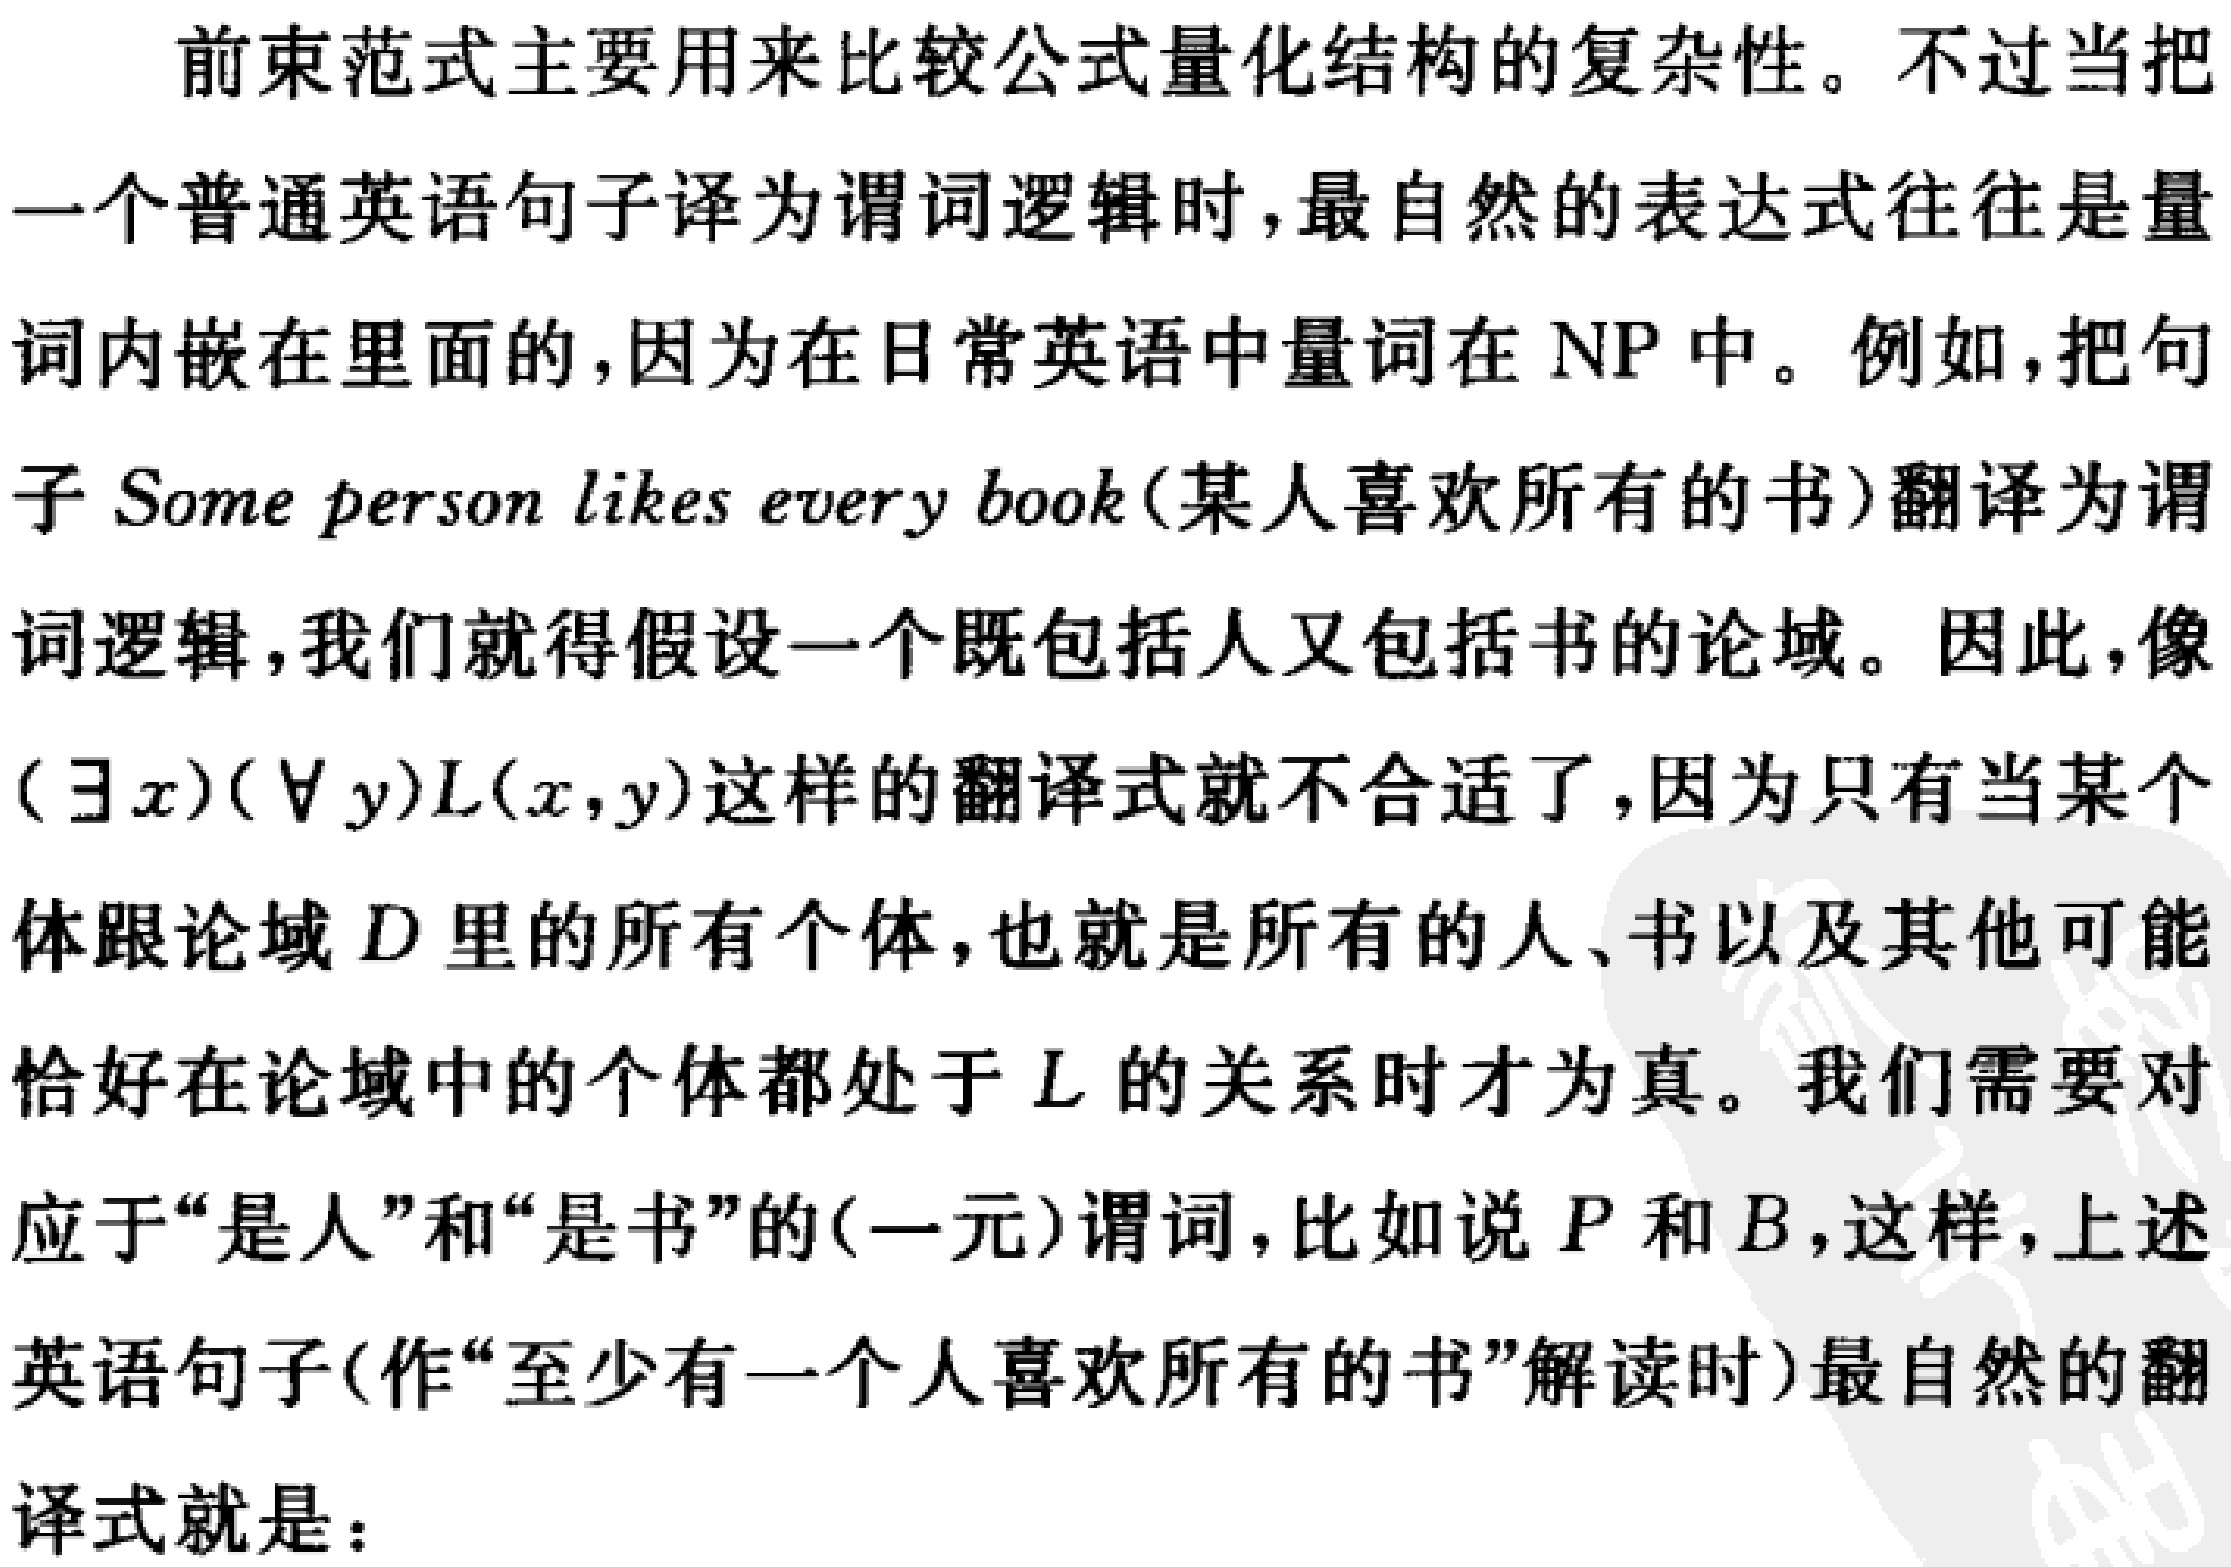
前束范式主要用来比较公式量化结构的复杂性。不过当把一个普通英语句子译为谓词逻辑时，最自然的表达式往往是量词内嵌在里面的，因为在日常英语中量词在 NP 中。例如，把句子 Some person likes every book(某人喜欢所有的书)翻译为谓词逻辑，我们就得假设一个既包括人又包括书的论域。因此，像$(\exists x)(\forall y)L(x,y)$这样的翻译式就不合适了，因为只有当某个体跟论域$D$里的所有个体，也就是所有的人、书以及其他可能恰好在论域中的个体都处于$L$的关系时才为真。我们需要对应于“是人”和“是书”的(一元)谓词，比如说$P$和$B$，这样，上述英语句子(作“至少有一个人喜欢所有的书”解读时)最自然的翻译式就是：